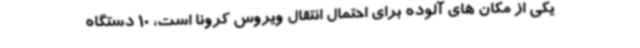
یکی از مکان های آلوده برای احتمال انتقال ویروس کرونا است، 10 دستگاه